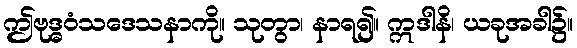
ဤဗုဒ္ဓဝံသဒေသနာကို။ သုတွာ၊ နာရ၍။ ဣဒါနိ၊ ယခုအခါ၌။